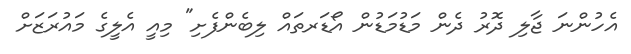
އެހުންނަ ޖާލި ދޮރު ދެން މަޑުމަޑުން އޯޑަރތައް ލިބެންފެށި" މިއީ އެލީގެ މައުރަޒަށް